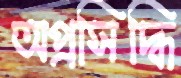
অপ্রসিদ্ধি